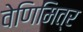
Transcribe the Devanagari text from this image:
वेणिमित्र